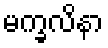
မက္ခလိနာ